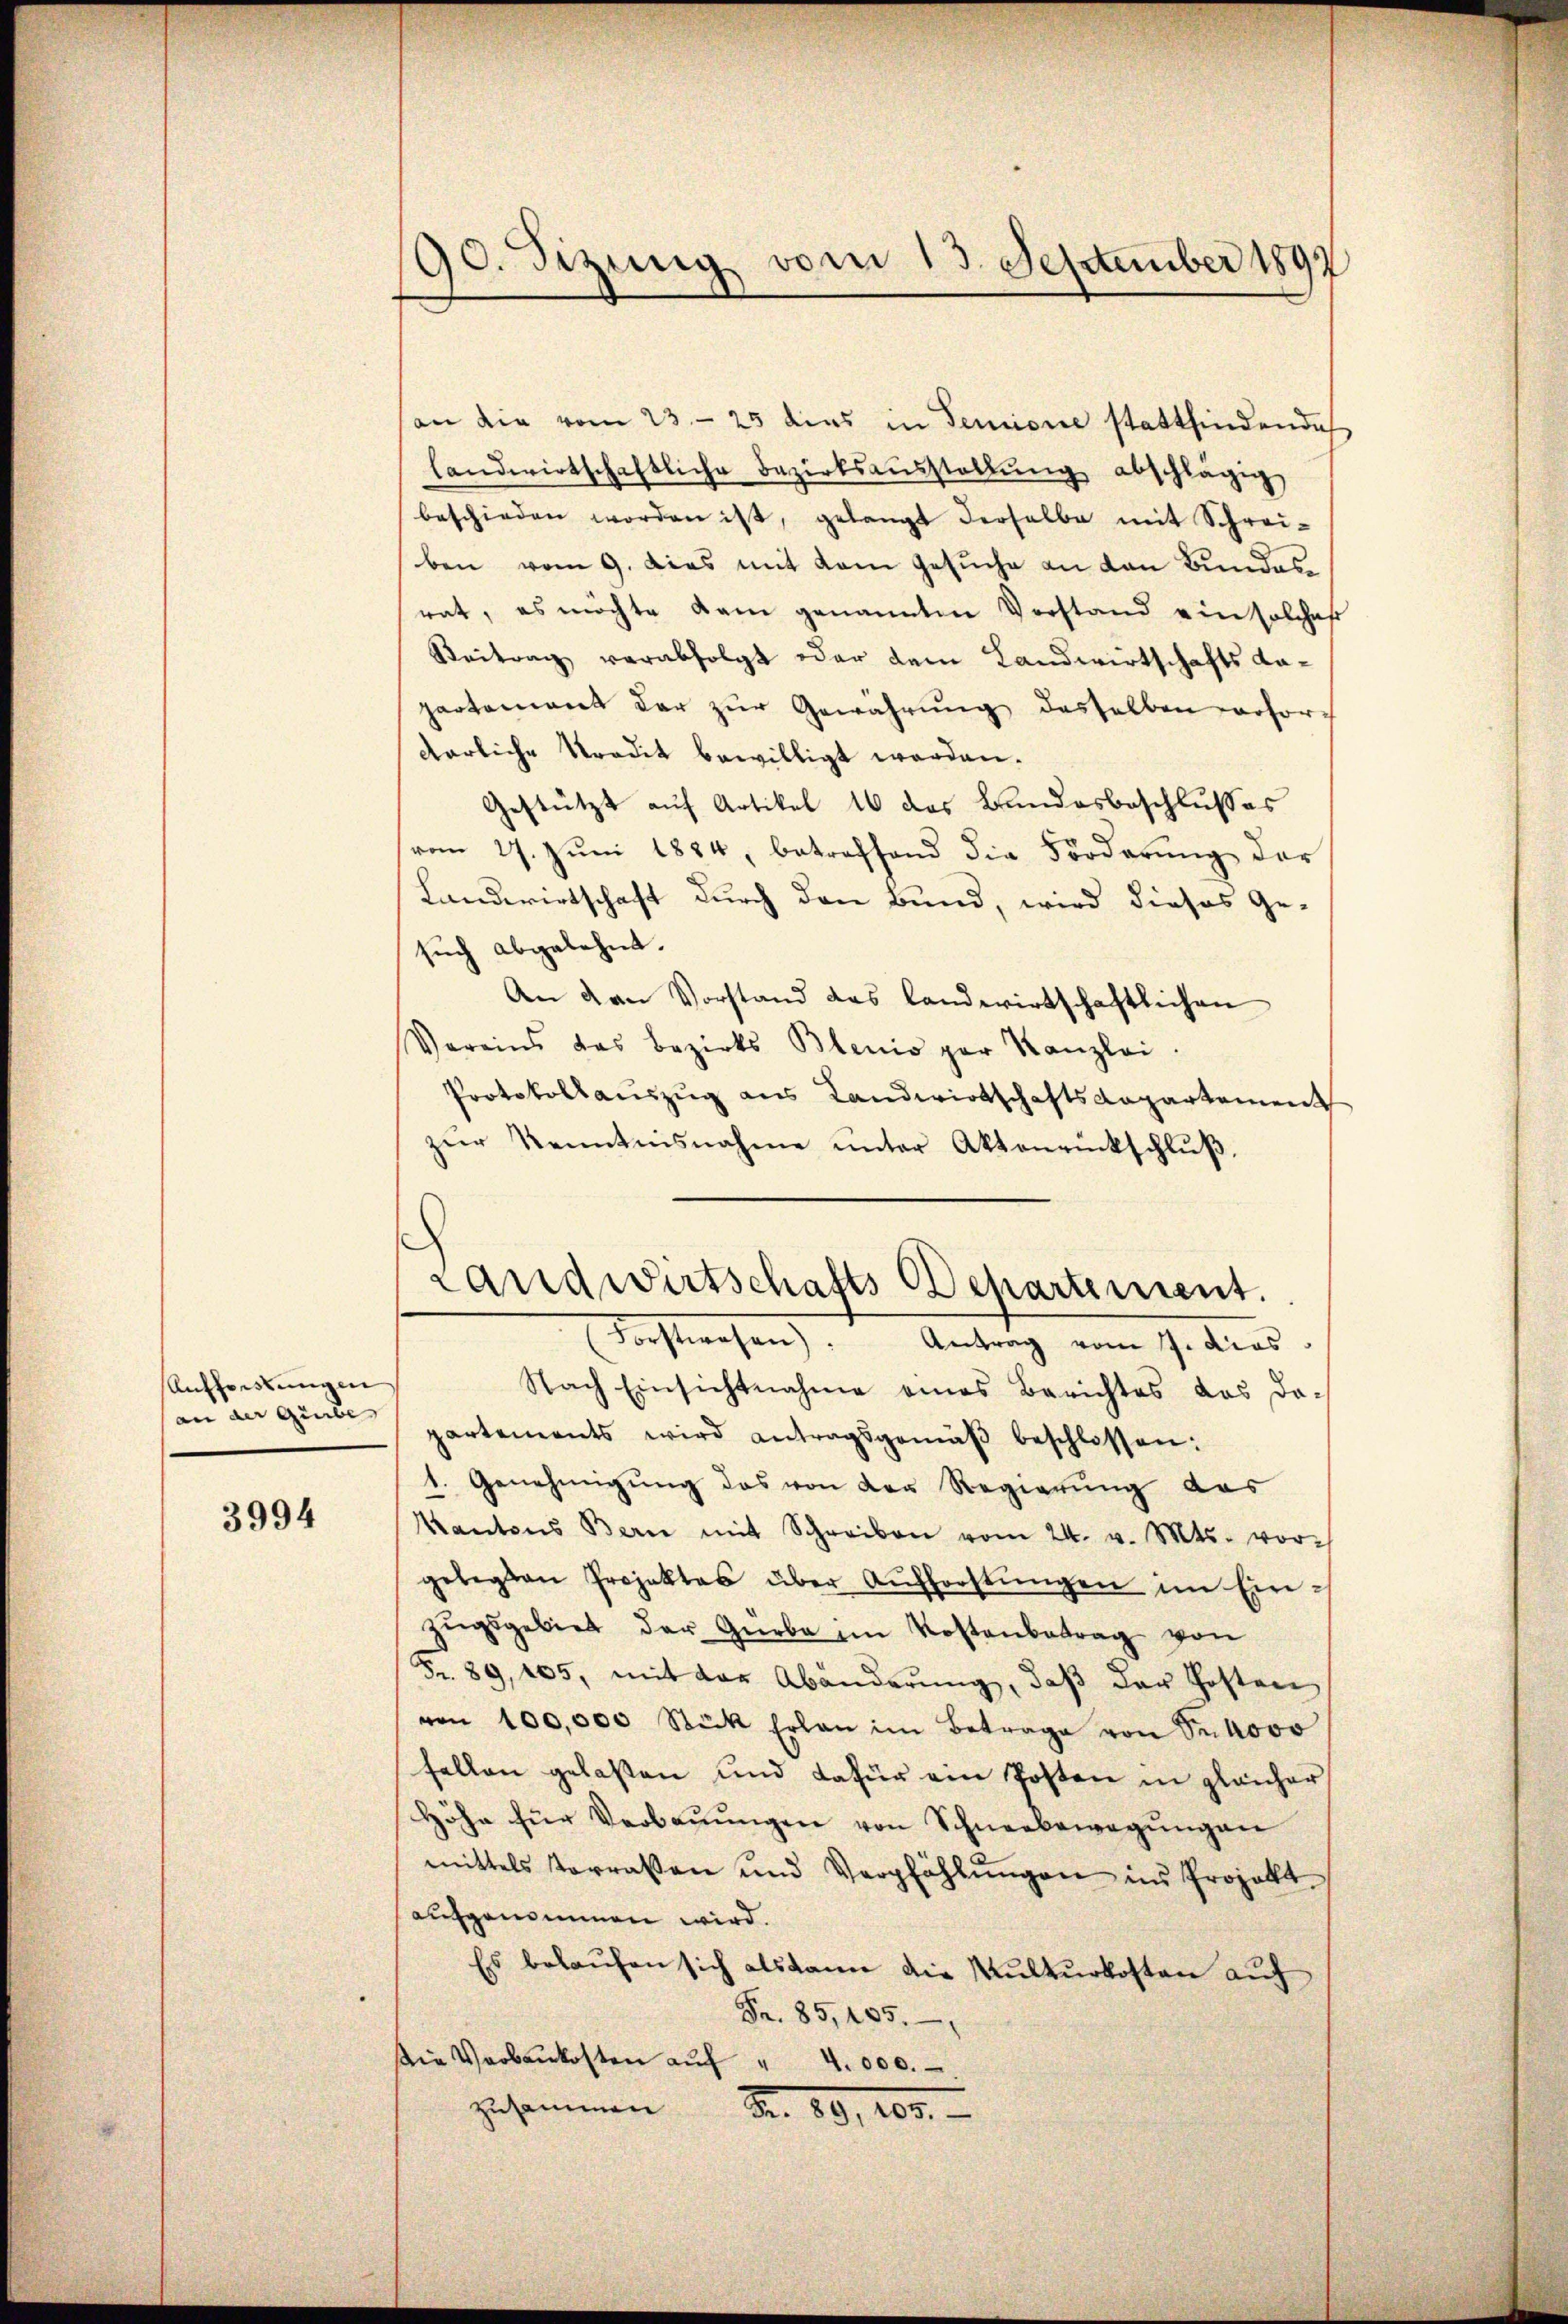
Aufforstungen
an der Gürbe

3994

90. Sizung vom 13. September 1892

an die vom 23. 25 dies in Senione stattfindende
landwirtschaftliche Bezirksaŭsstellŭng abschlägig
beschieden worden ist, gelangt derselbe mit Schrei-
ben vom 9. dies mit dem Gesuche an den Bundes
rat, es möchte kam genannten Vorstand ein solches
Beitrag verabfolgt oder dem Landwirtschafts dapartement der zŭr Gewährŭng desselben erfordarliche Tradit bewilligt worden.
Gestützt auf Artikel 16 das Bandesbeschlusses
vom 27. Jŭni 1884, betreffend die Forderŭng der
Landwirtschaft durch den Bund, wird dieses Ge-
such abgelehnt.
An van Vorstand das landwirtschaftlichen
Vereins das Bezirks Blenio par Kanzlei.
Protokollauszug aus Landwirtschaftsdepartement
zŭr Kenntnisnahme ŭnter Aktenrückschlŭβ.

Landwirtschafts Departement.
Forstwesen). Antrag vom 7. dies

Nach Einsichtnahme eines Berichtes das da-
partements wird antragsgemäβ beschlossen:
1. Genehmigŭng das von der Regierŭng das
Kantons Bern mit Schreiben vom 24. v. Mts. vor-
gelegten Projektes über Aŭfforstŭngen im Einzŭgsgebiet der Gürbe im Kostenbetrag von
Fr. 89, 205, mit der Abänderŭng, daβ der Posten
von 100,000 Stück Erlan im Betrage von Sekooo
fellen gelaßen und dafür ein Posten in gleicher
Höhe für Verbaŭŭngen von Schneebewegŭngen
mittels terraten und Verpfählŭngen ins Projekt
aufgenommen wird.
Es belaufen sich als kann die Kulturkosten auf
Fr. 85, 105.
Die Verbaukosten aŭf " 4.000.
zusammen
Nr. 19, 100.